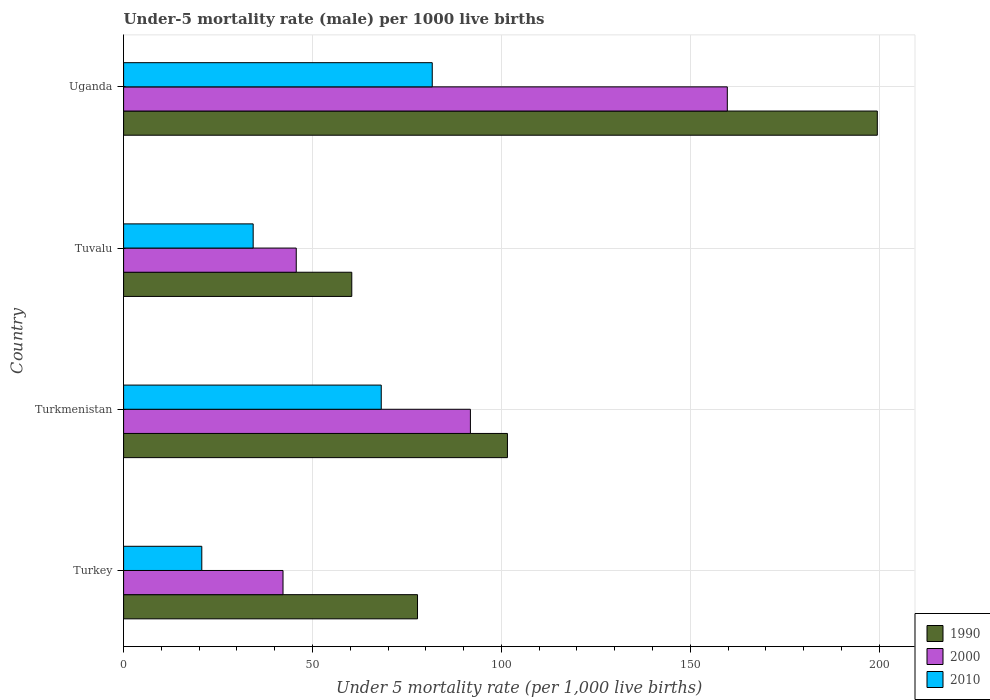
| Country | 1990 | 2000 | 2010 |
 | --- | --- | --- | --- |
 | Turkey | 77.8 | 42.2 | 20.7 |
 | Turkmenistan | 102 | 91.8 | 68.2 |
 | Tuvalu | 60.4 | 45.7 | 34.3 |
 | Uganda | 200 | 160 | 81.7 |